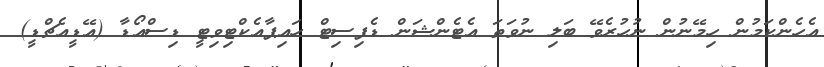
އެހެންކަމުން ހިމޭނުން ނުހުރެވޭ ބަލި ނުވަތަ އެޓެންޝަން ޑެފިސިޓް ހައިޕާއެކްޓިވިޓީ ޑިސްއޯޑާ (އޭޑީއެޗްޑީ)